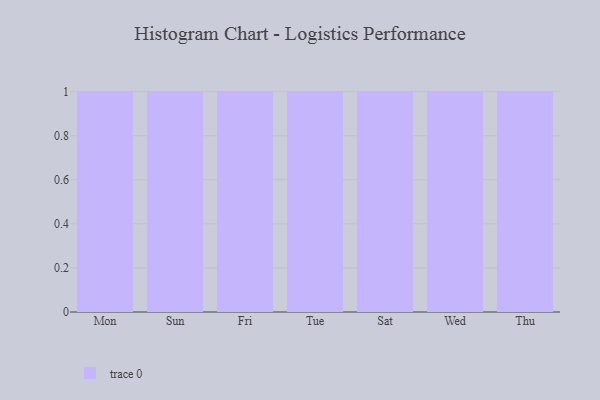
{"axis": {"x": "Day", "y": "Satisfaction Score"}, "legend": [""], "data": [{"x": "Mon", "y": 9, "type": ""}, {"x": "Sun", "y": 3, "type": ""}, {"x": "Fri", "y": 70, "type": ""}, {"x": "Tue", "y": 22, "type": ""}, {"x": "Sat", "y": 67, "type": ""}, {"x": "Wed", "y": 36, "type": ""}, {"x": "Thu", "y": 47, "type": ""}]}